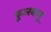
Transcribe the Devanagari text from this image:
फूलबाबू